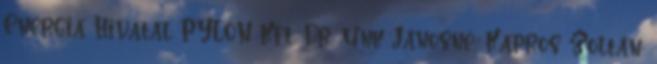
Energia Hivatal PYLON Kft. Dr. Unk Jánosné, Kapros Zoltán: